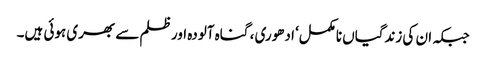
جبکہ ان کی زندگیاں نامکمل‘ ادھوری ، گناہ آلودہ اور ظلم سے بھری ہوئی ہیں۔